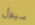
سيول